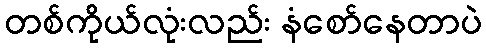
တစ်ကိုယ်လုံးလည်း နံစော်နေတာပဲ